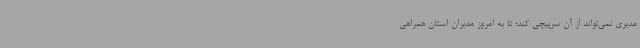
مدیری نمی‌تواند از آن سرپیچی کند؛ تا به امروز مدیران استان همراهی